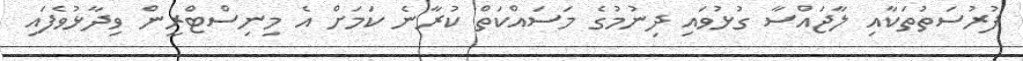
ފުރުސަތުތަކާއި ލާޖައްސާ ގުޅުވައި ދިނުމުގެ މަސައްކަތް ކުރާނެ ކަމަށް އެ މިނިސްޓްރީން ވިދާޅުވެފައި